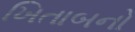
ખિતાબનો